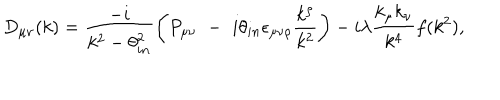
D _ { \mu \nu } ( k ) = \frac { - i } { k ^ { 2 } - \theta _ { i n } ^ { 2 } } \left( P _ { \mu \nu } \, \, - \, \, i \theta _ { i n } \epsilon _ { \mu \nu \rho } \frac { k ^ { \rho } } { k ^ { 2 } } \right) - i \lambda \frac { k _ { \mu } k _ { \nu } } { k ^ { 4 } } f ( k ^ { 2 } ) ,